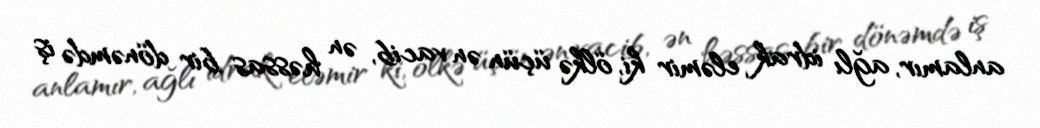
anlamır, ağlı idrak eləmir ki, ölkə üçün ən vacib, ən həssas bir dönəmdə iş